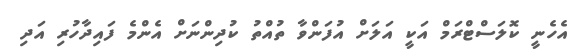
އެހެނީ ކޮލަސްޓްރަމް އަކީ އަލަށް އުފަންވާ ތުއްތު ކުދިންނަށް އެންމެ ފައިދާހުރި އަދި